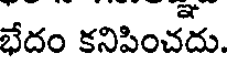
భేదం కనిపించదు.